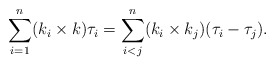
\begin{align*}\sum_{i=1}^n (k_i \times k) \tau_i = \sum_{i<j}^n (k_i \times k_j )(\tau_i - \tau_j) .\end{align*}